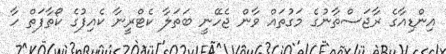
އިންޑިއާގެ ރާޖަސްތާނުގެ މަގުތައް ވާން ޖެހޭނީ ބަތަލާ ކެޓްރީނާ ކެއިފުގެ ކޯތާފަތް ހާ